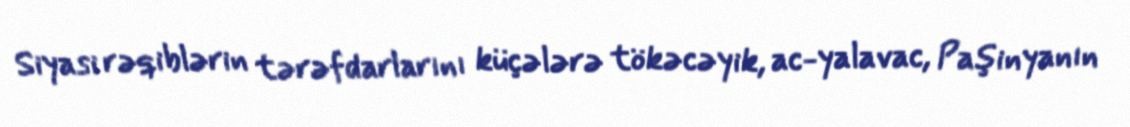
Siyasi rəqiblərin tərəfdarlarını küçələrə tökəcəyik, ac-yalavac, Paşinyanın